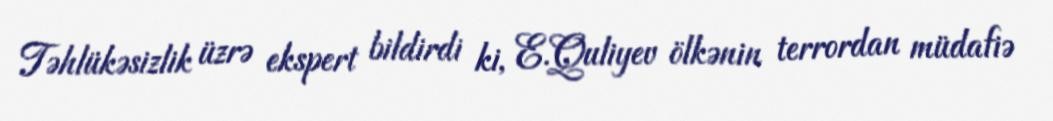
Təhlükəsizlik üzrə ekspert bildirdi ki, E.Quliyev ölkənin terrordan müdafiə